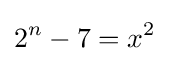
2^{n}-7=x^{2}